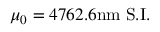
\mu _ { 0 } = 4 7 6 2 . 6 \mathrm { n m } \; \mathrm { S . I . }